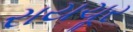
રાયચૂર